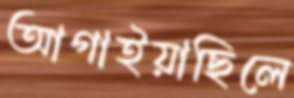
আগাইয়াছিলে